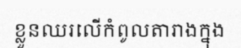
ខ្លួនឈរលើកំពូលតារាងក្នុង